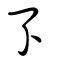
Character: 孒